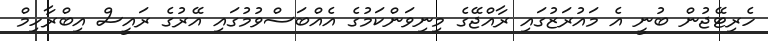
ހެރިޓޭޖުން ބުނީ އެ މައުރަޒުގައި ރާއްޖޭގެ މިނިވަންކަމުގެ އެއްބަސްވުމުގައި އޭރުގެ ރައީސް އިބްރާހިމް